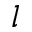
l